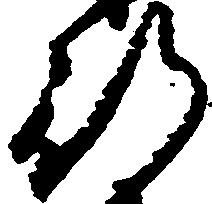
行